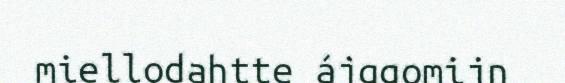
miellodahtte ájggomijn